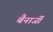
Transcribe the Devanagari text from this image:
बैनार्जी